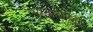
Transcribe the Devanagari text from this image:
१८२०साली